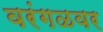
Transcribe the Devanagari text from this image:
वरंगळवर